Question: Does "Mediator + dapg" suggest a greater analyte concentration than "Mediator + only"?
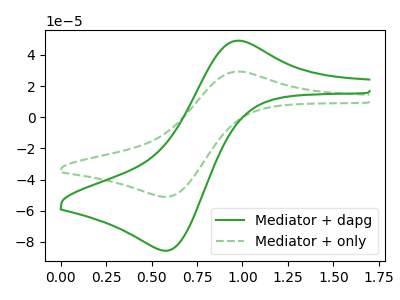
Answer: <think>The green curve "Mediator + dapg" has an anodic peak at (0.95V, 48.95uA) and a cathodic peak at (0.60V, -85.60uA). The green dashed curve "Mediator + only" has an anodic peak at (0.95V, 29.20uA) and a cathodic peak at (0.60V, -51.05uA).
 All the peaks in "Mediator + dapg" have a peak in "Mediator + only" at the same potential. Every peak in "Mediator + dapg" is higher than every peak in "Mediator + only".</think>
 <answer>"Mediator + dapg" has more signal than "Mediator + only".</answer>
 <eval>more_signal</eval>